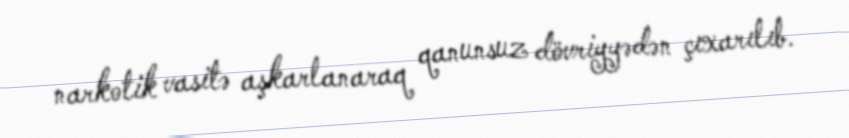
narkotik vasitə aşkarlanaraq qanunsuz dövriyyədən çıxarılıb.